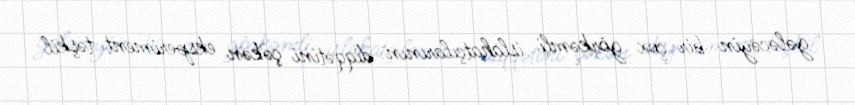
gələcəyin bir çox görkəmli islahatçılarının diqqətini çəkən eksperiment təşkil